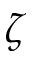
\zeta